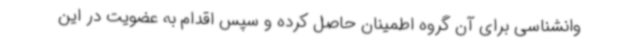
وانشناسی برای آن گروه اطمینان حاصل کرده و سپس اقدام به عضویت در این